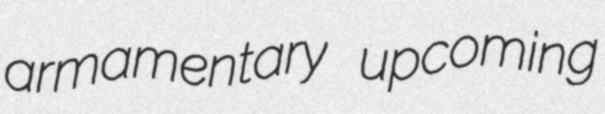
armamentary upcoming